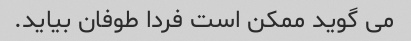
می گوید ممکن است فردا طوفان بیاید.